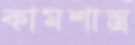
কামশাস্ত্র